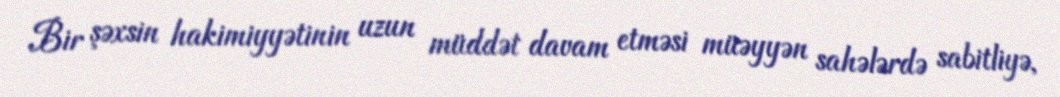
Bir şəxsin hakimiyyətinin uzun müddət davam etməsi müəyyən sahələrdə sabitliyə,